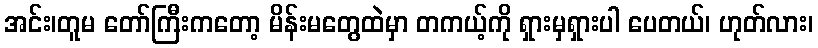
အင်း၊တူမ တော်ကြီးကတော့ မိန်းမတွေထဲမှာ တကယ့်ကို ရှားမှရှားပါ ပေတယ်၊ ဟုတ်လား၊